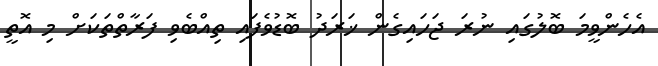
އެހެންވީމަ ބޮލުގައި ނުރަ ޖަހައިގެން ޚަރަދު ބޮޑުވެފައި ތިއްބެވި ފަރާތްތަކަށް މި އޮތީ